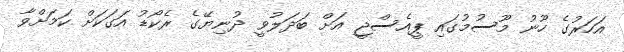
އަހަރުގެ ހޫނު މޫސުމުގައި ޕީއެސްޖީ އަށް ބަދަލުވީ ދުނިޔޭގެ ރެކޯޑު އަގަކަށް ކަމަށްވާ